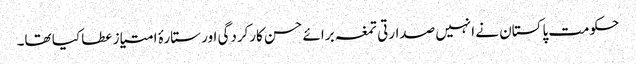
حکومت پاکستان نے انہیں صدارتی تمغہ برائے حسن کارکردگی اور ستارۂ امتیاز عطا کیا تھا۔